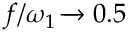
f / \omega _ { 1 } \xrightarrow [ ] { } 0 . 5